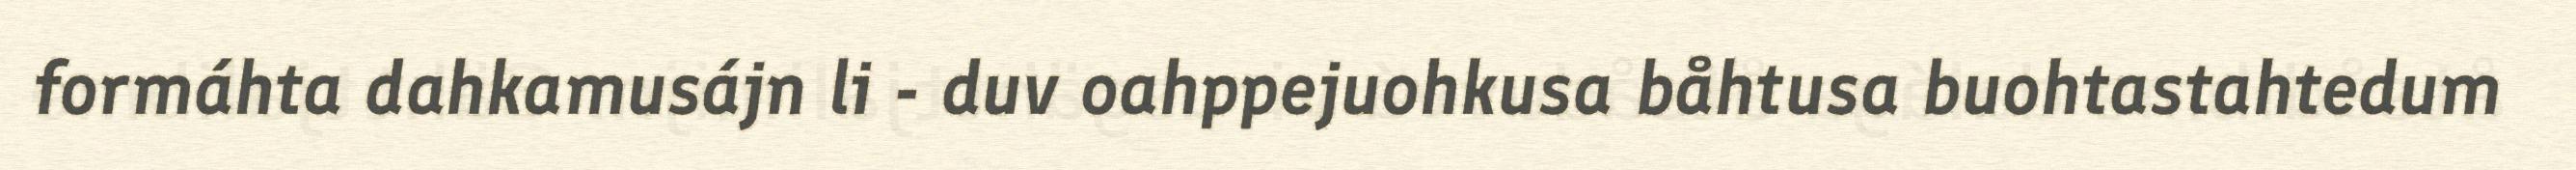
formáhta dahkamusájn li - duv oahppejuohkusa båhtusa buohtastahtedum